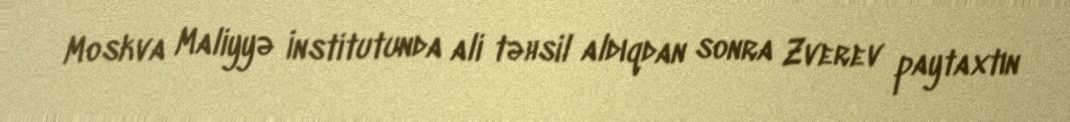
Moskva Maliyyə İnstitutunda ali təhsil aldıqdan sonra Zverev paytaxtın